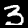
Digit: 3